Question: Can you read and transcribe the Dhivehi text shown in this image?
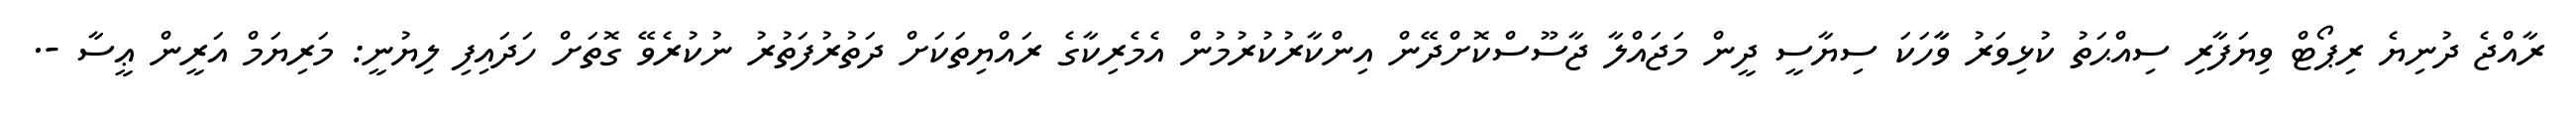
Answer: ރާއްޖެ ދުނިޔެ ރިޕޯޓް ވިޔަފާރި ސިއްޙަތު ކުޅިވަރު ވާާހަކަ ސިޔާސީ ދީން މަޖައްލާ ޖާސޫސްކޮށްދޭން އިންކާރުކުރުމުން އެމެރިކާގެ ރައްޔިތަކަށް ދަތުރުފަތުރު ނުކުރެވޭ ގޮތަށް ހަދައިފި ލިޔުނީ: މަރިޔަމް އަރީން ޢީސާ -.